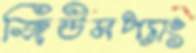
জিউমপ্যাং